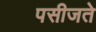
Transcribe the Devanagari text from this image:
पसीजते